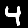
Label: 4